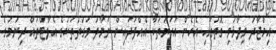
އިމްޖާދު ވިދާޅުވި ގޮތުގައި އެހެން އަހަރުތަކާ އެއްފަދައިން ނަމާދު ވަގުތުތަކުގެ އެލާޓްތައް ދިނުމުގެ